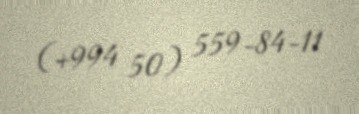
(+994 50) 559-84-11